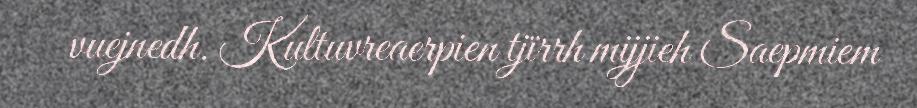
vuejnedh. Kultuvreaerpien tjïrrh mijjieh Saepmiem